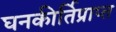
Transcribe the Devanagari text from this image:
घनकीर्तिप्राप्त